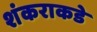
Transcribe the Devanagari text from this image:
शंकराकडे